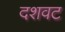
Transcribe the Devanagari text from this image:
दशवट